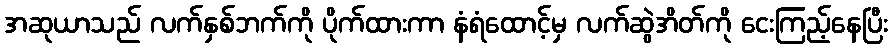
အဆုယာသည် လက်နှစ်ဘက်ကို ပိုက်ထားကာ နံရံထောင့်မှ လက်ဆွဲအိတ်ကို ငေးကြည့်နေပြီး